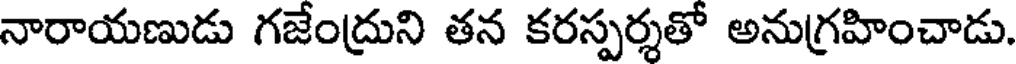
నారాయణుడు గజేంద్రుని తన కరస్పర్శతో అనుగ్రహించాడు.